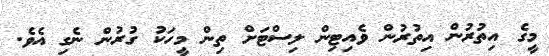
މީގެ އިތުރުން އިތުރުން ވެއިޓިން ލިސްޓަށް ތިން މީހަކު ގުރުން ނެގި އެވެ.